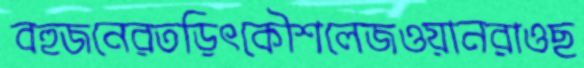
বহুজনেরতড়িৎকৌশলেজওয়ানরাওছ